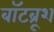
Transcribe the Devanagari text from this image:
बॉटब्रूश